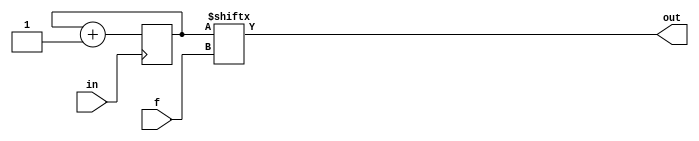
`timescale 1ns / 1ps
//////////////////////////////////////////////////////////////////////////////////
// Company: 
// Engineer: 
// 
// Design Name: 
// Module Name:    divider 
// Project Name: 
// Target Devices: 
// Tool versions: 
// Description: 
//
// Dependencies: 
//
// Revision: 
// Revision 0.01 - File Created
// Additional Comments: 
//
//////////////////////////////////////////////////////////////////////////////////
module divider(
		f,
		in,
		out
	);

parameter f_width = 4;
parameter counter_width = 16;

input [f_width-1 : 0] f;
input in;
output out;

reg[counter_width-1 : 0] counter = 0;

always @(posedge in) begin
	counter <= counter + 1;
end

assign out = counter[f];

endmodule